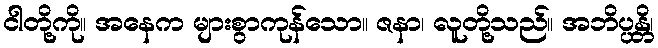
ငါတို့ကို။ အနေက များစွာကုန်သော။ ဇနာ၊ လူတို့သည်။ အဘိပ္ပန္တိ၊